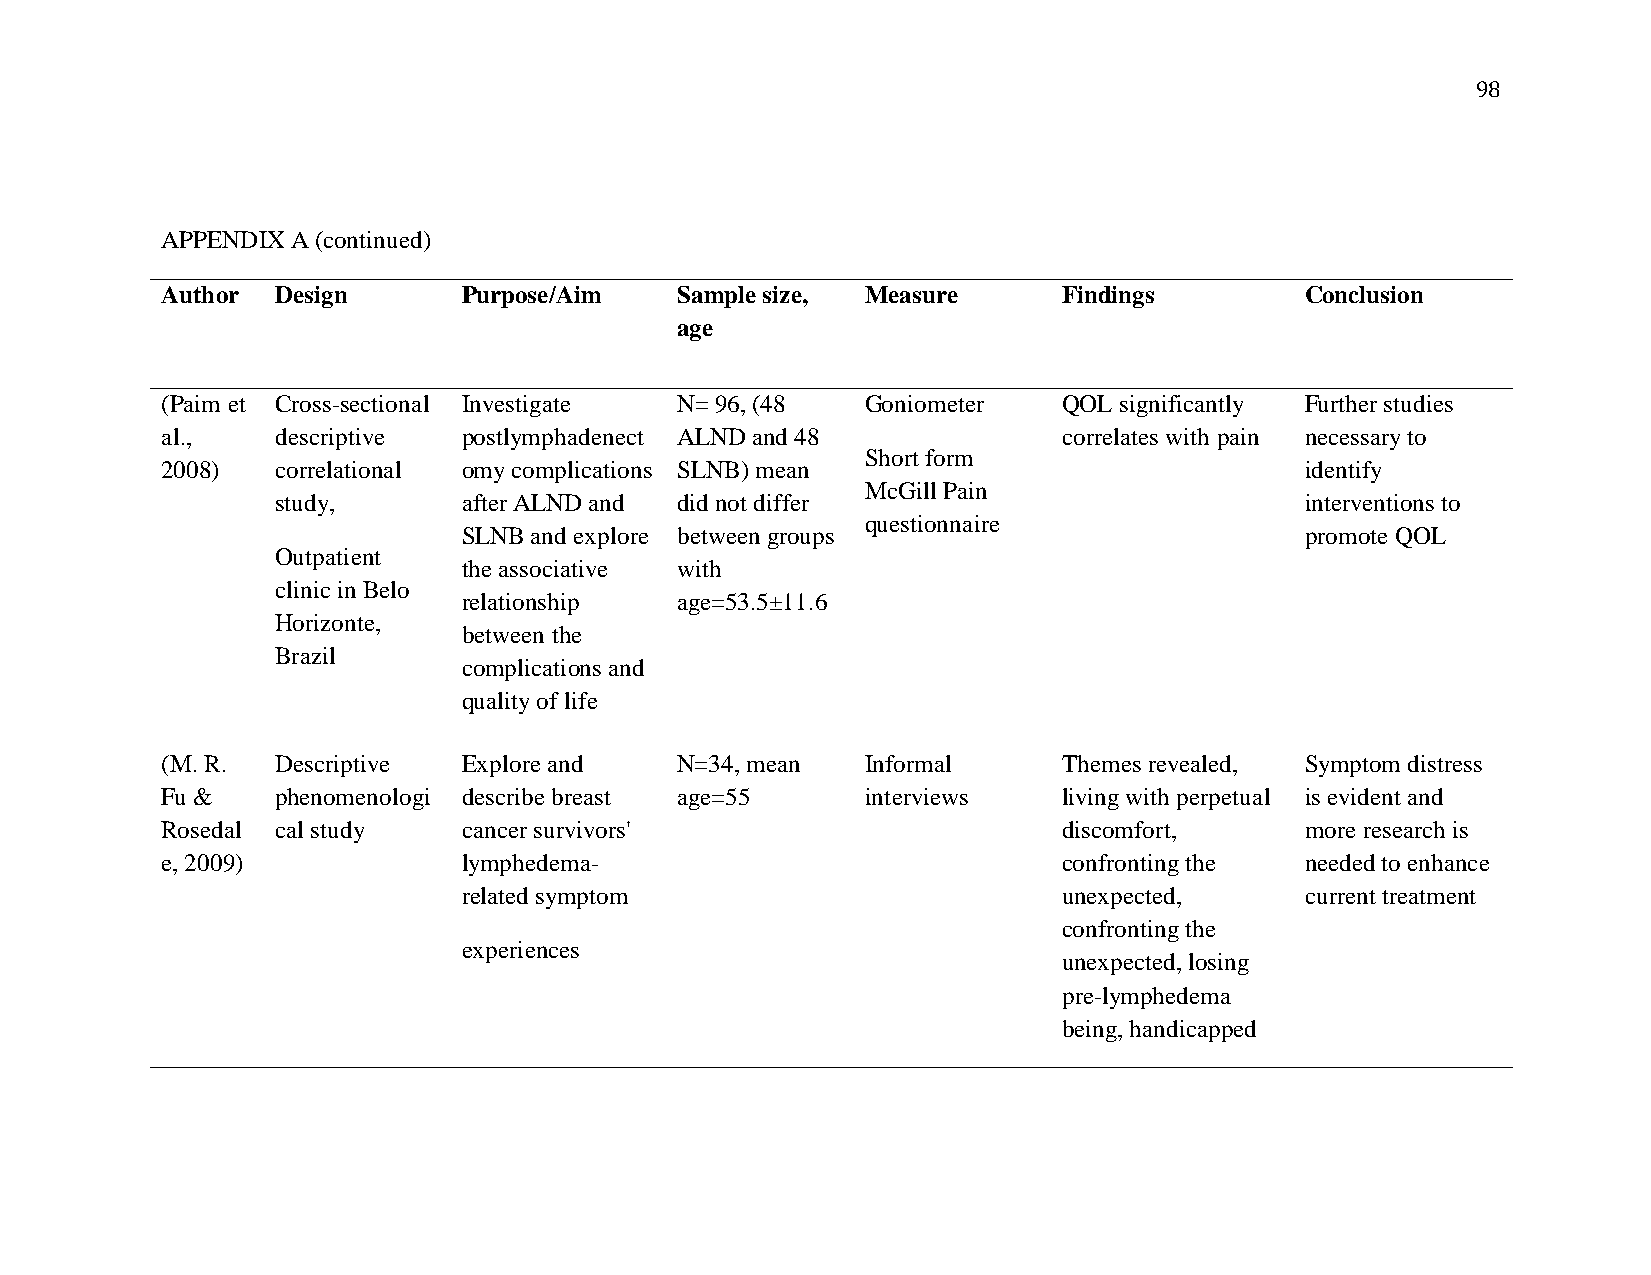
98
 APPENDIX A (continued)
 Author Design       Purpose/Aim   Sample size, Measure     Findings        Conclusion
 age
 (Paim et Cross-sectional Investigate N= 96, (48 Goniometer QOL significantly Further studies
 al.,   descriptive  postlymphadenect ALND and 48           correlates with pain necessary to
 Short form
 2008)  correlational omy complications SLNB) mean                          identify
 McGill Pain
 study,       after ALND and did not differ                          interventions to
 questionnaire
 SLNB and explore between groups                        promote QOL
 Outpatient
 the associative with
 clinic in Belo
 relationship  age=53.5±11.6
 Horizonte,
 between the
 Brazil
 complications and
 quality of life
 (M. R. Descriptive  Explore and   N=34, mean  Informal     Themes revealed, Symptom distress
 Fu &   phenomenologi describe breast age=55   interviews   living with perpetual is evident and
 Rosedal cal study   cancer survivors'                      discomfort,     more research is
 e, 2009)            lymphedema-                            confronting the needed to enhance
 related symptom                        unexpected,     current treatment
 confronting the
 experiences
 unexpected, losing
 pre-lymphedema
 being, handicapped